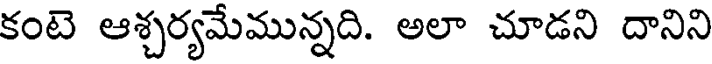
కంటె ఆశ్చర్యమేమున్నది. అలా చూడని దానిని